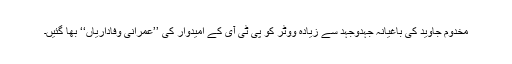
مخدوم جاوید کی باغیانہ جہدوجہد سے زیادہ ووٹر کو پی ٹی آی کے امیدوار کی ’’عمرانی وفاداریاں‘‘ بھا گئیں۔